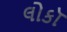
લોકૉ